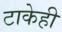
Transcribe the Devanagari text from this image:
टाकेही